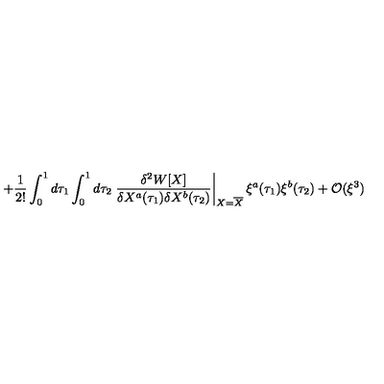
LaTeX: + \frac { 1 } { 2 ! } \int _ { 0 } ^ { 1 } d \tau _ { 1 } \int _ { 0 } ^ { 1 } d \tau _ { 2 } \left. \frac { \delta ^ { 2 } W [ X ] } { \delta X ^ { a } ( \tau _ { 1 } ) \delta X ^ { b } ( \tau _ { 2 } ) } \right| _ { X = \overline { { X } } } \xi ^ { a } ( \tau _ { 1 } ) \xi ^ { b } ( \tau _ { 2 } ) + { \cal O } ( \xi ^ { 3 } )